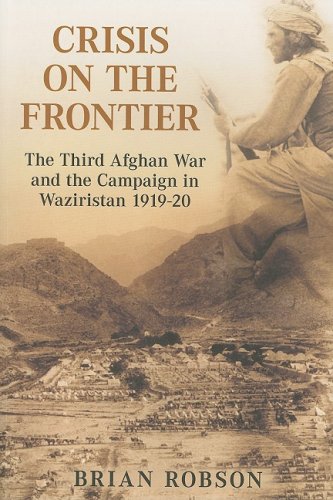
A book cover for Crisis on the Frontier: The Third Afghan War and the Campaign in Waziristan 1919-20; Brian Robson; History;